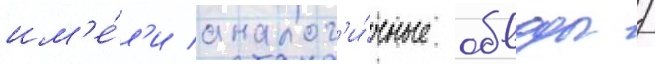
им'е́л'и аналог'и́чные обводы /